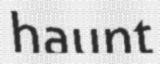
haunt